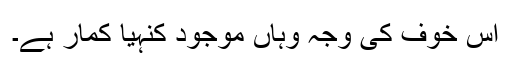
اس خوف کی وجہ وہاں موجود کنہیا کمار ہے۔